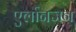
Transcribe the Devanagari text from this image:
एर्लानजन